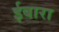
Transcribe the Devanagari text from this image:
ईबारा